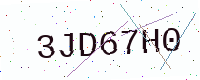
Text: 3JD67H0